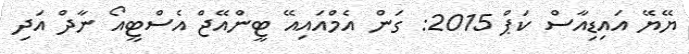
ޔޭޔޭ އައިޑިއާސް ކަޕް 2015: ގަން އެމްއައިއޭ ޓީންއޭޖް އެސްޓީއޯ ނާދް އަދި